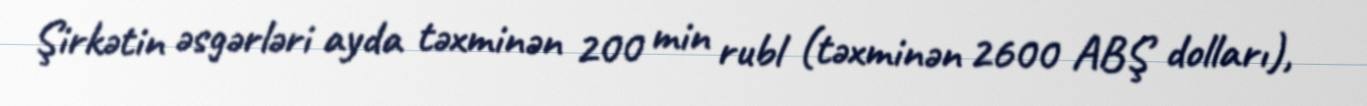
Şirkətin əsgərləri ayda təxminən 200 min rubl (təxminən 2600 ABŞ dolları),